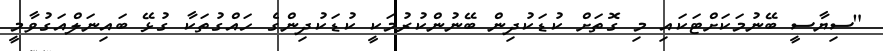
"ސިޔާސީ ބޭނުމަކަށްޓަކައި މި ގޮތަށް ކުޑަކުދިން ބޭނުންކުރުމަކީ ކުޑަކުދިންގެ ހައްގުތަކާ ގުޅޭ ބައިނަލްއަގުވާމީ